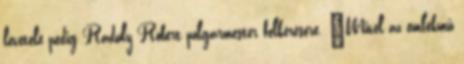
levétele pedig Ráduly Róbert polgármester felkérésére. „Mivel az emlékmű